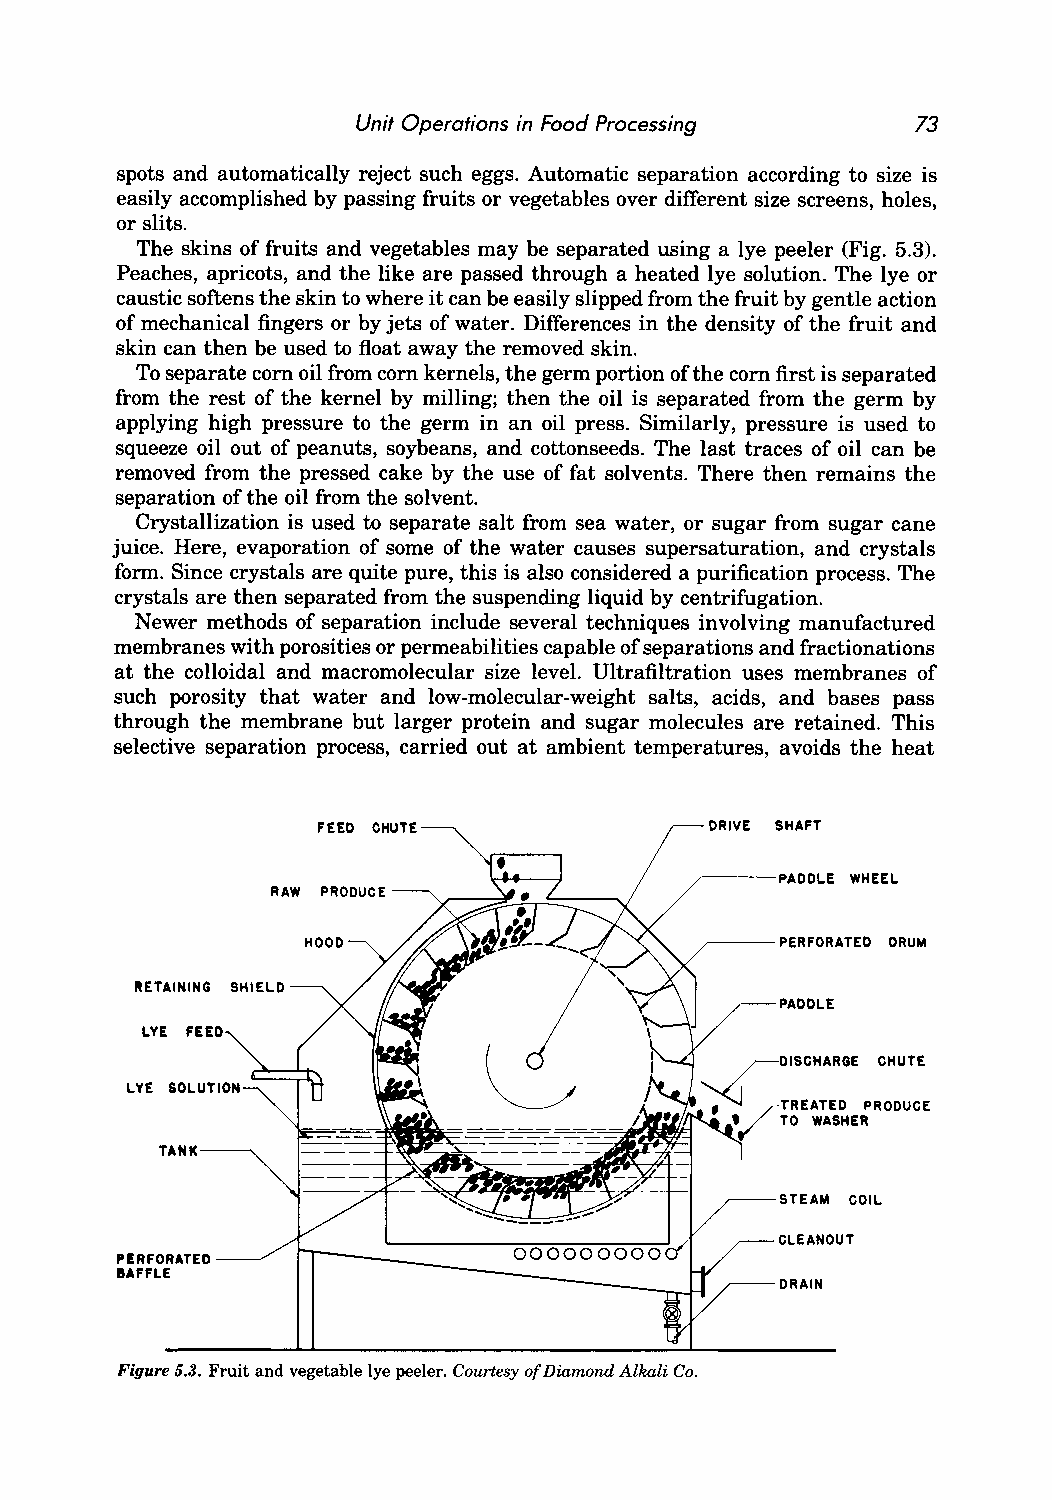
Unit Operations in Food Processing   73
 spots and automatically reject such eggs. Automatic separation according to size is
 easily accomplished by passing fruits or vegetables over different size screens, holes,
 or slits.
 The skins of fruits and vegetables may be separated using a lye peeler (Fig. 5.3).
 Peaches, apricots, and the like are passed through a heated lye solution. The lye or
 caustic softens the skin to where it can be easily slipped from the fruit by gentle action
 of mechanical fingers or by jets of water. Differences in the density of the fruit and
 skin can then be used to float away the removed skin.
 To separate corn oil from corn kernels, the germ portion of the corn first is separated
 from the rest of the kernel by milling; then the oil is separated from the germ by
 applying high pressure to the germ in an oil press. Similarly, pressure is used to
 squeeze oil out of peanuts, soybeans, and cottonseeds. The last traces of oil can be
 removed from the pressed cake by the use of fat solvents. There then remains the
 separation of the oil from the solvent.
 Crystallization is used to separate salt from sea water, or sugar from sugar cane
 juice. Here, evaporation of some of the water causes supersaturation, and crystals
 form. Since crystals are quite pure, this is also considered a purification process. The
 crystals are then separated from the suspending liquid by centrifugation.
 Newer methods of separation include several techniques involving manufactured
 membranes with porosities or permeabilities capable of separations and fractionations
 at the colloidal and macromolecular size level. Ultrafiltration uses membranes of
 such porosity that water and low-molecular-weight salts, acids, and bases pass
 through the membrane but larger protein and sugar molecules are retained. This
 selective separation process, carried out at ambient temperatures, avoids the heat
 FEED CHUTE                DRIVE SHAFT
 ~--PADDLE WHEEL
 RAW PRODUCE
 HOOD                      r---PERFORATED DRUM
 RETAINING SHIELD
 PADDLE
 CHUTE
 TANK
 STEAM COIL
 CLEANOUT
 PERFORATED
 BAFFLE
 DRAIN
 Figure 5.3. Fruit and vegetable lye peeler. Courtesy of Diamond Alkali Co.